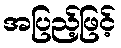
အပြည့်ဖြင့်